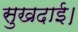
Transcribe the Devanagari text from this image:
सुखदाई।